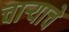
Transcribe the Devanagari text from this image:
चाऱ्याचे